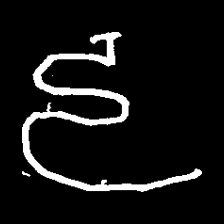
Pyu character \u2014 Myanmar letter: ဠ (romanized: lla)